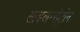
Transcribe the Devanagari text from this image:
साइलन्सेट्रोन